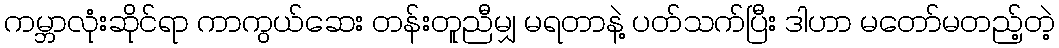
ကမ္ဘာလုံးဆိုင်ရာ ကာကွယ်ဆေး တန်းတူညီမျှ မရတာနဲ့ ပတ်သက်ပြီး ဒါဟာ မတော်မတည့်တဲ့